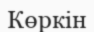
Көркін